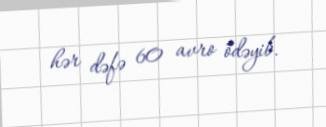
hər dəfə 60 avro ödəyib.